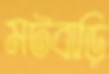
মটবাড়ি